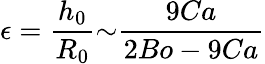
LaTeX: {\epsilon}=\frac{h_{0}}{R_{0}}{\sim}\frac{9Ca}{2Bo-9Ca}